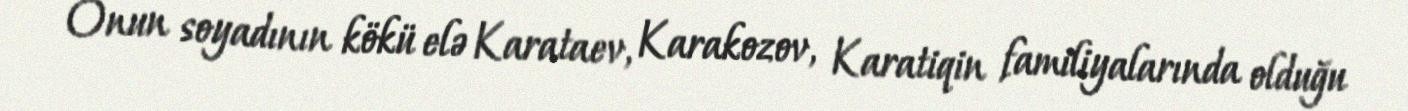
Onun soyadının kökü elə Karataev, Karakozov, Karatiqin familiyalarında olduğu